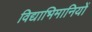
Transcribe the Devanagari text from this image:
विद्याभिमानियों